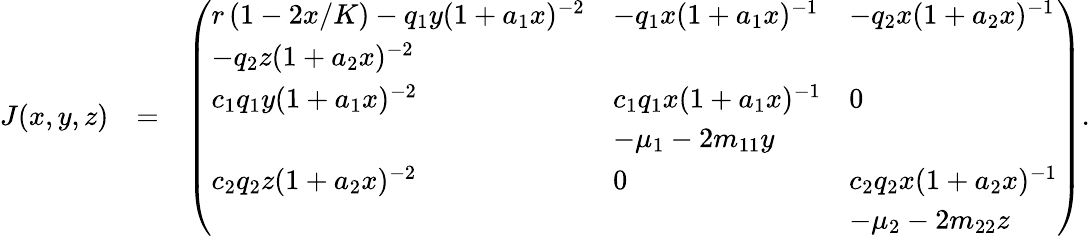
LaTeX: \begin{array}{rlr}{J(x,y,z)}&{=}&{\left(\begin{array}{lll}{r\left(1-2x/K\right)-q_{1}y(1+a_{1}x)^{-2}}&{-q_{1}x(1+a_{1}x)^{-1}}&{-q_{2}x(1+a_{2}x)^{-1}}\\ {-q_{2}z(1+a_{2}x)^{-2}}\\ {c_{1}q_{1}y(1+a_{1}x)^{-2}}&{c_{1}q_{1}x(1+a_{1}x)^{-1}}&{0}\\ &{-\mu_{1}-2m_{11}y}\\ {c_{2}q_{2}z(1+a_{2}x)^{-2}}&{0}&{c_{2}q_{2}x(1+a_{2}x)^{-1}}\\ &&{-\mu_{2}-2m_{22}z}\end{array}\right).}\end{array}